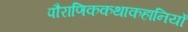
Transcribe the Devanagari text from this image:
पौराणिककथाकहानियों